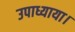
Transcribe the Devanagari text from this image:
उपाध्याया।